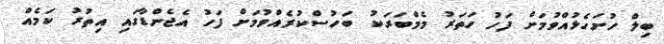
ބިލް ހުށަހެޅުއްވުމަށް ފަހު ހަތަރު މެމްބަރަކު ބަހުސްކުރެއްވުމަށް ފަހު އެޖެންޑާގައި އިތުރު ކަމެއް